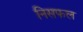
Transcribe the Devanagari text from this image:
निसफल